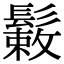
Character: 𩮸